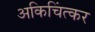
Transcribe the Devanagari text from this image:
अकिचिंत्कर